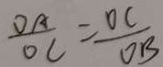
\frac { O A } { O C } = \frac { O C } { O B }